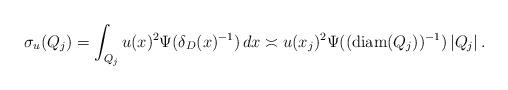
LaTeX: \begin{align*}\sigma_u(Q_j)=\int_{Q_j} u(x)^2\Psi(\delta_D(x)^{-1})\, dx \asymp u(x_j)^2\Psi((\mathrm{diam}(Q_j))^{-1})\, |Q_j|\, .\end{align*}